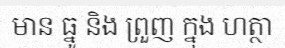
មាន ធ្នូ និង ព្រួញ ក្នុង ហត្ថា